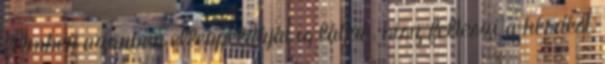
filmben azonban ellenpéldáját is látjuk, hisz felteszi a kérdést,